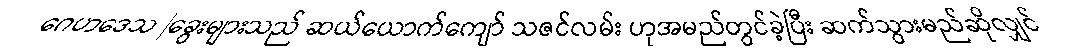
ဂေဟဒေသ |ခွေးများသည် ဆယ်ယောက်ကျော် သဇင်လမ်း ဟုအမည်တွင်ခဲ့ပြီး ဆက်သွားမည်ဆိုလျှင်